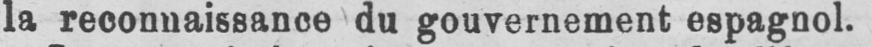
la reconnaissance du gouvernement espagnol.